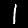
Digit: 1